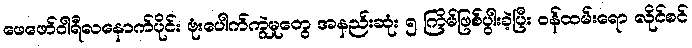
ဖေဖော်ဝါရီလနောက်ပိုင်း ဗုံးပေါက်ကွဲမှုတွေ အနည်းဆုံး ၅ ကြိမ်ဖြစ်ပွါးခဲ့ပြီး ဝန်ထမ်းရော လိုင်စင်